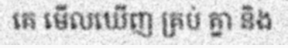
គេ មើលឃើញ គ្រប់ គ្នា និង